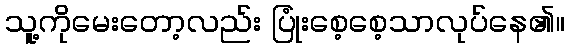
သူ့ကိုမေးတော့လည်း ပြုံးစေ့စေ့သာလုပ်နေ၏။